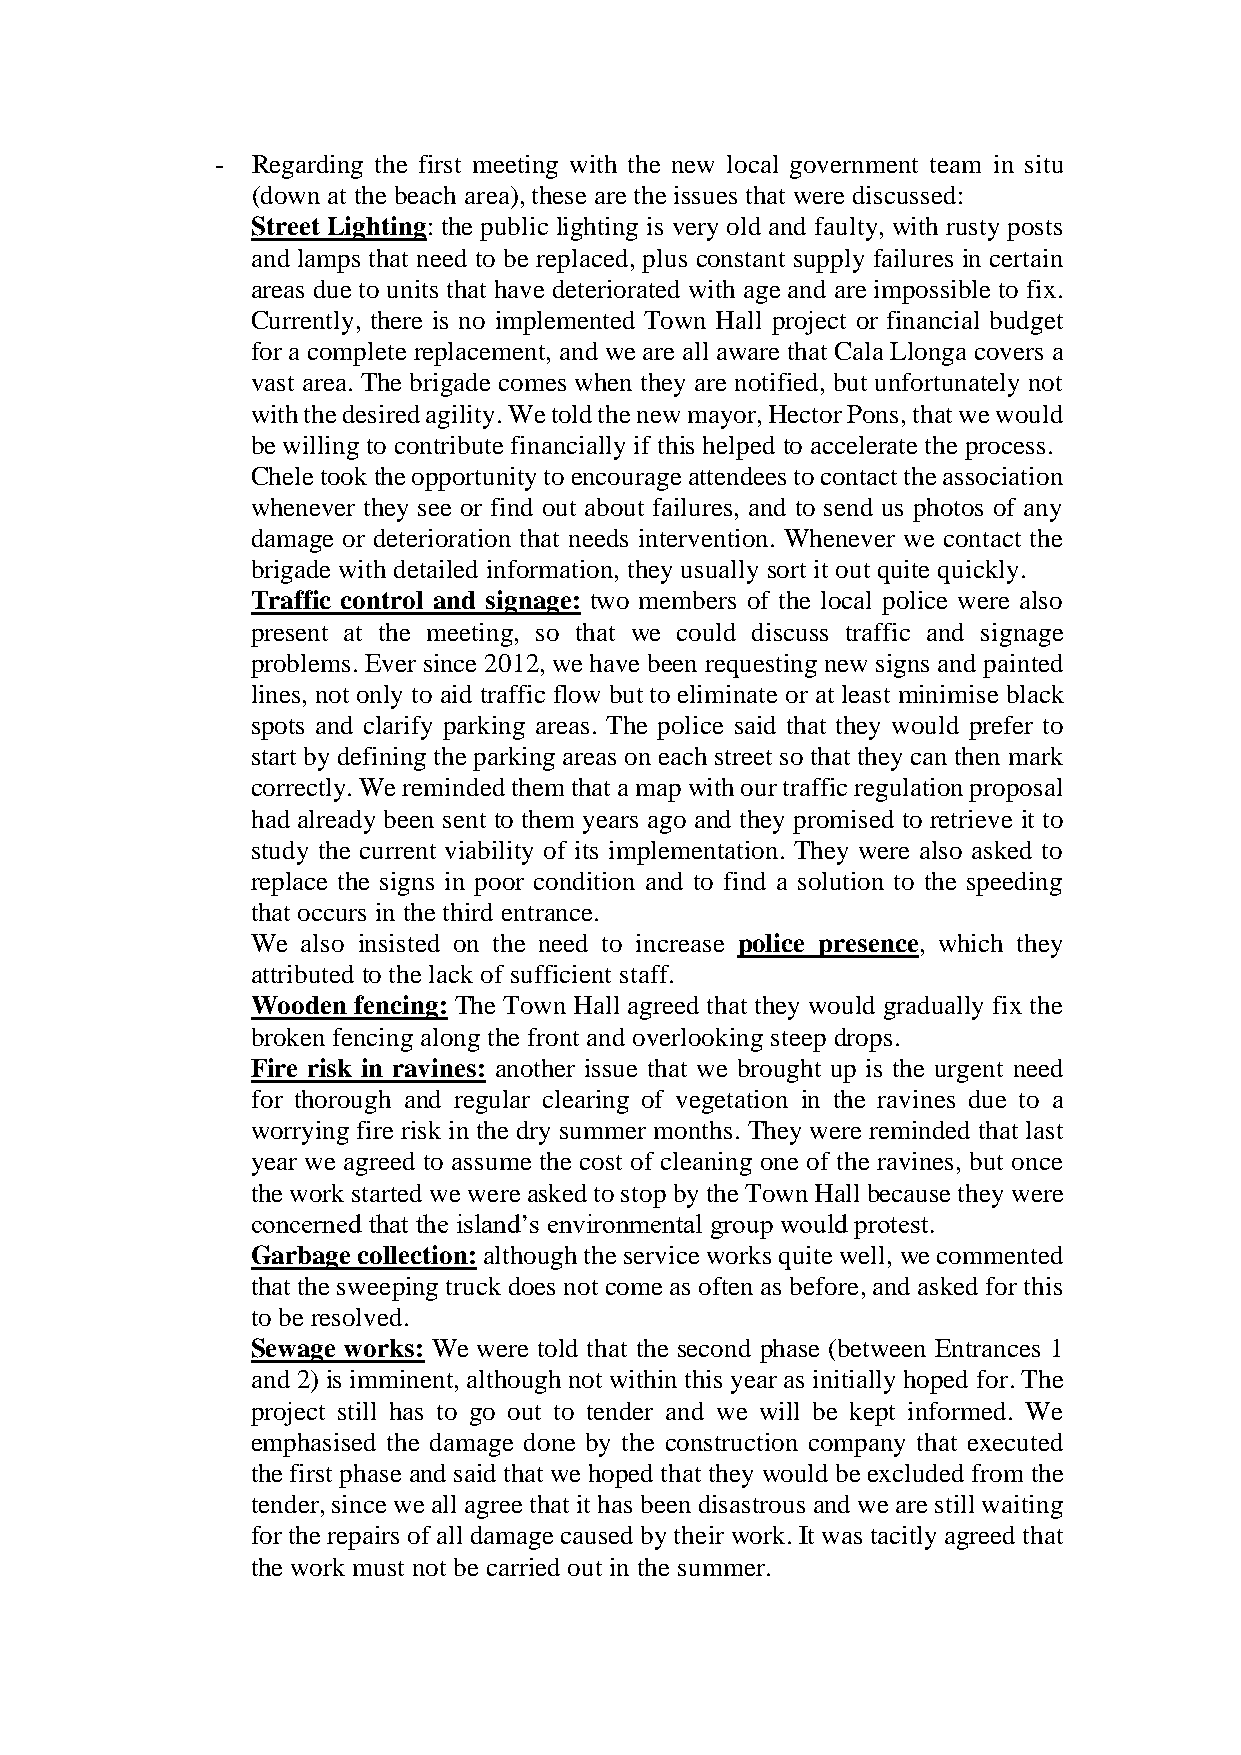
-  Regarding the first meeting with the new local government team in situ
 (down at the beach area), these are the issues that were discussed:
 Street Lighting: the public lighting is very old and faulty, with rusty posts
 and lamps that need to be replaced, plus constant supply failures in certain
 areas due to units that have deteriorated with age and are impossible to fix.
 Currently, there is no implemented Town Hall project or financial budget
 for a complete replacement, and we are all aware that Cala Llonga covers a
 vast area. The brigade comes when they are notified, but unfortunately not
 with the desired agility. We told the new mayor, Hector Pons, that we would
 be willing to contribute financially if this helped to accelerate the process.
 Chele took the opportunity to encourage attendees to contact the association
 whenever they see or find out about failures, and to send us photos of any
 damage or deterioration that needs intervention. Whenever we contact the
 brigade with detailed information, they usually sort it out quite quickly.
 Traffic control and signage: two members of the local police were also
 present at the meeting, so that we could discuss traffic and signage
 problems. Ever since 2012, we have been requesting new signs and painted
 lines, not only to aid traffic flow but to eliminate or at least minimise black
 spots and clarify parking areas. The police said that they would prefer to
 start by defining the parking areas on each street so that they can then mark
 correctly. We reminded them that a map with our traffic regulation proposal
 had already been sent to them years ago and they promised to retrieve it to
 study the current viability of its implementation. They were also asked to
 replace the signs in poor condition and to find a solution to the speeding
 that occurs in the third entrance.
 We also insisted on the need to increase police presence, which they
 attributed to the lack of sufficient staff.
 Wooden fencing: The Town Hall agreed that they would gradually fix the
 broken fencing along the front and overlooking steep drops.
 Fire risk in ravines: another issue that we brought up is the urgent need
 for thorough and regular clearing of vegetation in the ravines due to a
 worrying fire risk in the dry summer months. They were reminded that last
 year we agreed to assume the cost of cleaning one of the ravines, but once
 the work started we were asked to stop by the Town Hall because they were
 concerned that the island’s environmental group would protest.
 Garbage collection: although the service works quite well, we commented
 that the sweeping truck does not come as often as before, and asked for this
 to be resolved.
 Sewage works: We were told that the second phase (between Entrances 1
 and 2) is imminent, although not within this year as initially hoped for. The
 project still has to go out to tender and we will be kept informed. We
 emphasised the damage done by the construction company that executed
 the first phase and said that we hoped that they would be excluded from the
 tender, since we all agree that it has been disastrous and we are still waiting
 for the repairs of all damage caused by their work. It was tacitly agreed that
 the work must not be carried out in the summer.